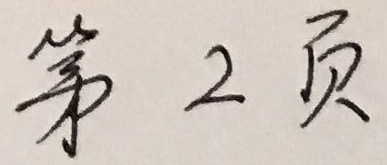
第 2 页